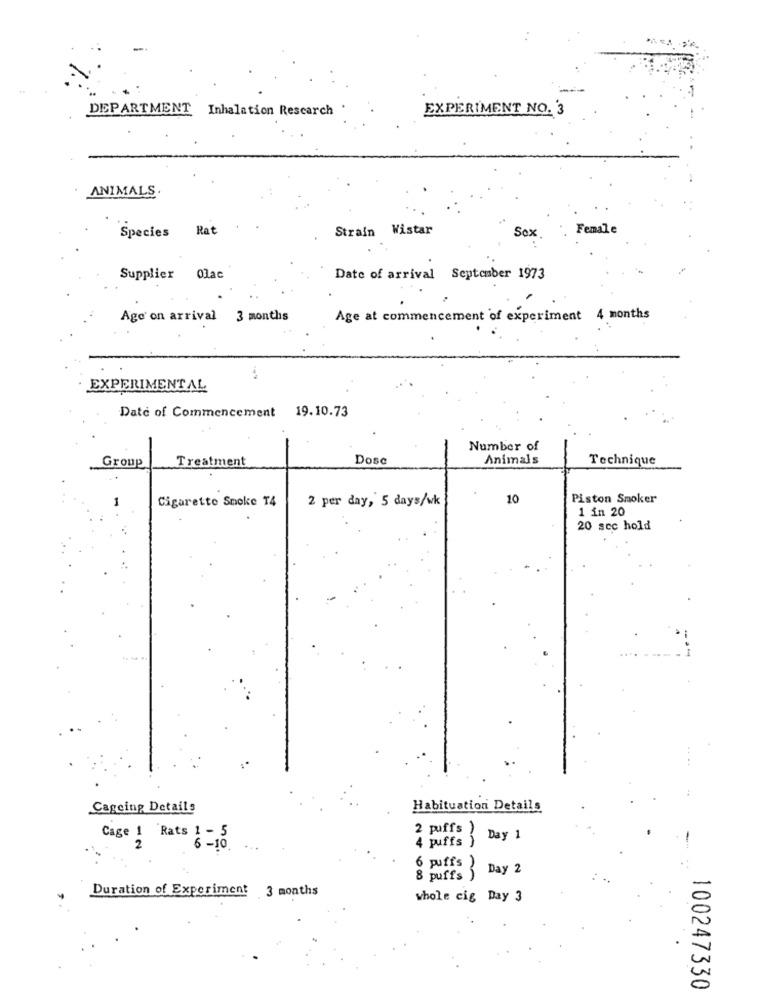
DEPARTMENT Inhalation Rescarch .
EXPERIMENT NO. 3
ANIMALS.
Rat
Strain Wistar
. Female
Species
Sex
Supplier 0lac
Date of arrival September 1973
Age on arrival 3 months
Age at commencement of experiment 4 months
EXPERIMENTAL
Date of Commencement 19.10.73
Number of
Treatment
Dosc
Animals
Technique
Group
1
Cigarette Smoke T4
2 per day, 5 days/wk
10
Piston Smoker
1 in 20
20 scc hold
Cagoing Details
Habituation Details
2 puffs )
Cage 1 Rats 1 - 5
4 puffs )
Day 1
2
6 - 10
6 puffs )
Day 2
8 puffs )
Duration of Experiment 3 months
whole cig Day 3
100247330